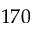
1 7 0